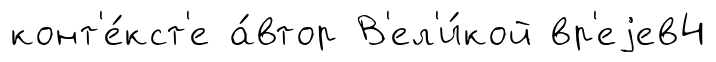
конт'е́кст'е а́втор В'ел'и́кой вр'еjев4